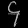
Digit: ၄